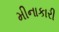
મીનાકારી